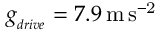
g _ { _ { d r i v e } } = 7 . 9 \, \mathrm { { m \, s ^ { - 2 } } }